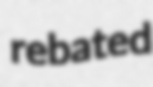
rebated